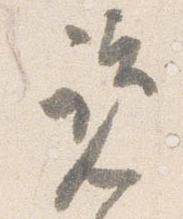
覧